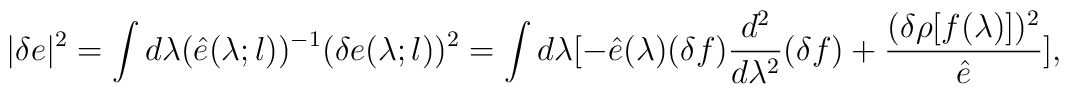
|\delta e|^2 = \int d \lambda ({\hat e} (\lambda; l ))^{-1}      (\delta e(\lambda;l))^2           = \int d \lambda [ - {\hat e}(\lambda) (\delta f)              {{d^2}\over{d \lambda^2}} (\delta f) +                         {{(\delta \rho [f(\lambda)])^2}\over{{\hat e}}} ] ,